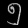
Digit: ၅